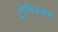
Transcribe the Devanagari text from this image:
ट्रोपिकबर्ड